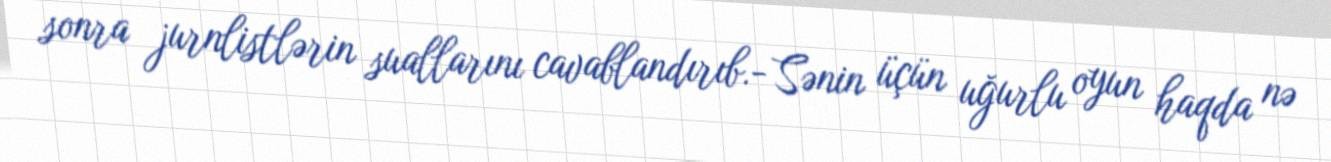
sonra jurnlistlərin suallarını cavablandırıb.- Sənin üçün uğurlu oyun haqda nə